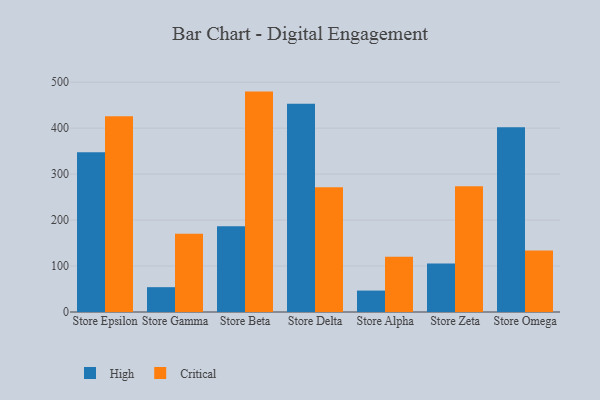
{"axis": {"x": "Store", "y": "LTV (USD)"}, "legend": ["Critical", "High"], "data": [{"x": "Store Epsilon", "y": 347.8, "type": "High"}, {"x": "Store Epsilon", "y": 425.8, "type": "Critical"}, {"x": "Store Gamma", "y": 54.0, "type": "High"}, {"x": "Store Gamma", "y": 170.5, "type": "Critical"}, {"x": "Store Beta", "y": 186.5, "type": "High"}, {"x": "Store Beta", "y": 479.5, "type": "Critical"}, {"x": "Store Delta", "y": 452.9, "type": "High"}, {"x": "Store Delta", "y": 271.6, "type": "Critical"}, {"x": "Store Alpha", "y": 46.6, "type": "High"}, {"x": "Store Alpha", "y": 120.0, "type": "Critical"}, {"x": "Store Zeta", "y": 105.6, "type": "High"}, {"x": "Store Zeta", "y": 273.5, "type": "Critical"}, {"x": "Store Omega", "y": 402.1, "type": "High"}, {"x": "Store Omega", "y": 133.8, "type": "Critical"}]}